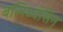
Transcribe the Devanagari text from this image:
बलिध्वंसिन्